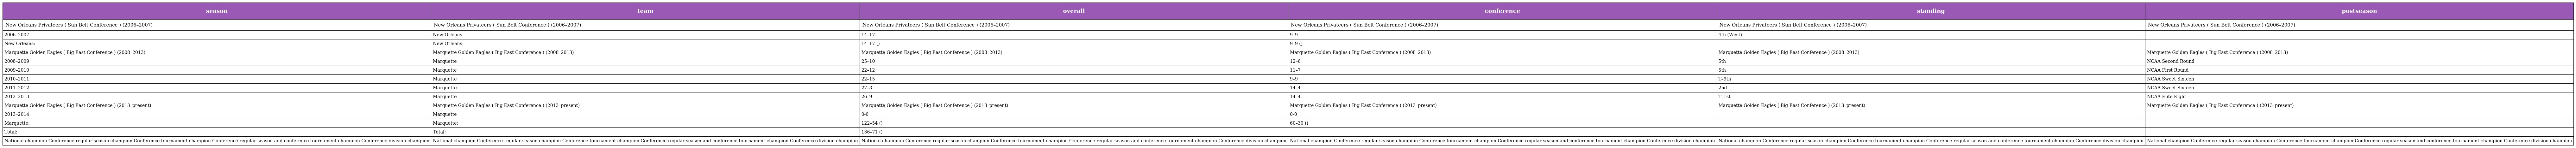
| season | team | overall | conference | standing | postseason |
 | --- | --- | --- | --- | --- | --- |
 | New Orleans Privateers ( Sun Belt Conference ) (2006–2007) | New Orleans Privateers ( Sun Belt Conference ) (2006–2007) | New Orleans Privateers ( Sun Belt Conference ) (2006–2007) | New Orleans Privateers ( Sun Belt Conference ) (2006–2007) | New Orleans Privateers ( Sun Belt Conference ) (2006–2007) | New Orleans Privateers ( Sun Belt Conference ) (2006–2007) |
 | 2006–2007 | New Orleans | 14–17 | 9–9 | 4th (West) |  |
 | New Orleans: | New Orleans: | 14–17 () | 9–9 () |  |  |
 | Marquette Golden Eagles ( Big East Conference ) (2008–2013) | Marquette Golden Eagles ( Big East Conference ) (2008–2013) | Marquette Golden Eagles ( Big East Conference ) (2008–2013) | Marquette Golden Eagles ( Big East Conference ) (2008–2013) | Marquette Golden Eagles ( Big East Conference ) (2008–2013) | Marquette Golden Eagles ( Big East Conference ) (2008–2013) |
 | 2008–2009 | Marquette | 25–10 | 12–6 | 5th | NCAA Second Round |
 | 2009–2010 | Marquette | 22–12 | 11–7 | 5th | NCAA First Round |
 | 2010–2011 | Marquette | 22–15 | 9–9 | T–9th | NCAA Sweet Sixteen |
 | 2011–2012 | Marquette | 27–8 | 14–4 | 2nd | NCAA Sweet Sixteen |
 | 2012–2013 | Marquette | 26–9 | 14–4 | T–1st | NCAA Elite Eight |
 | Marquette Golden Eagles ( Big East Conference ) (2013–present) | Marquette Golden Eagles ( Big East Conference ) (2013–present) | Marquette Golden Eagles ( Big East Conference ) (2013–present) | Marquette Golden Eagles ( Big East Conference ) (2013–present) | Marquette Golden Eagles ( Big East Conference ) (2013–present) | Marquette Golden Eagles ( Big East Conference ) (2013–present) |
 | 2013–2014 | Marquette | 0-0 | 0-0 |  |  |
 | Marquette: | Marquette: | 122–54 () | 60–30 () |  |  |
 | Total: | Total: | 136–71 () |  |  |  |
 | National champion Conference regular season champion Conference tournament champion Conference regular season and conference tournament champion Conference division champion | National champion Conference regular season champion Conference tournament champion Conference regular season and conference tournament champion Conference division champion | National champion Conference regular season champion Conference tournament champion Conference regular season and conference tournament champion Conference division champion | National champion Conference regular season champion Conference tournament champion Conference regular season and conference tournament champion Conference division champion | National champion Conference regular season champion Conference tournament champion Conference regular season and conference tournament champion Conference division champion | National champion Conference regular season champion Conference tournament champion Conference regular season and conference tournament champion Conference division champion |